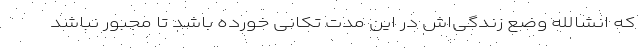
که انشالله وضع زندگی‌اش در این مدت تکانی خورده باشد تا مجبور نباشد